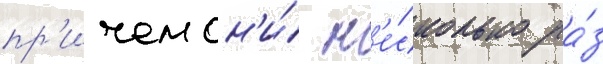
пр'ичем он'и́ н'е́сколько ра́з